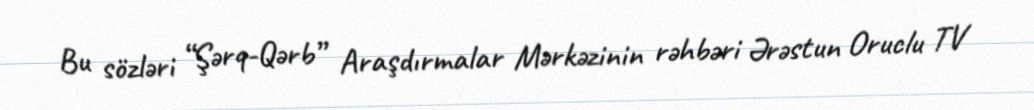
Bu sözləri “Şərq-Qərb” Araşdırmalar Mərkəzinin rəhbəri Ərəstun Oruclu TV